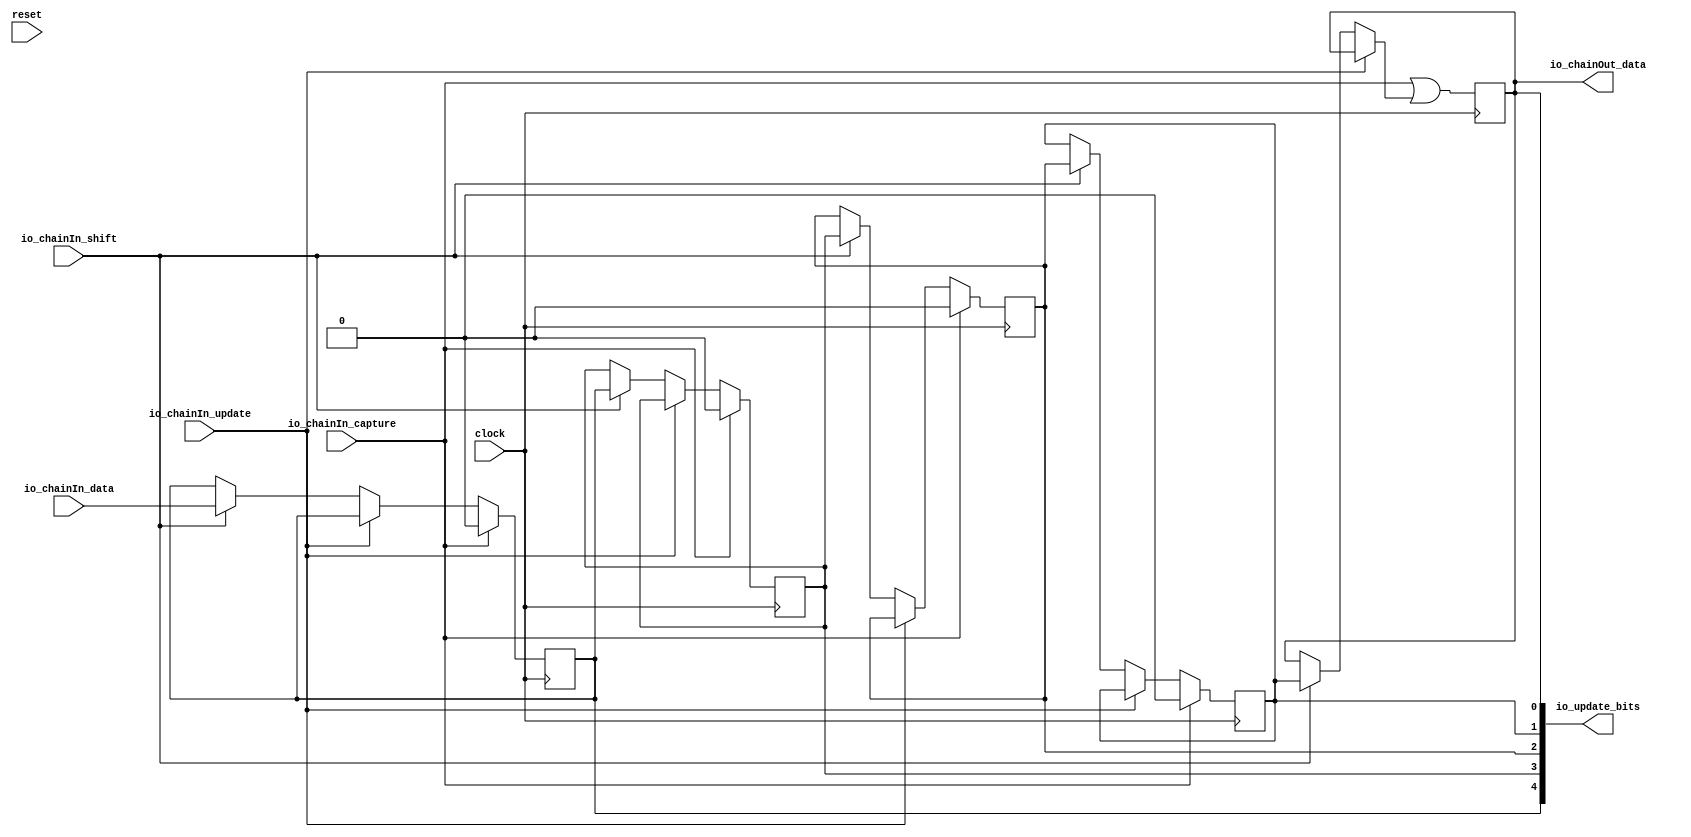
module CaptureUpdateChain_2(
  input        clock,
  input        reset,
  input        io_chainIn_shift,
  input        io_chainIn_data,
  input        io_chainIn_capture,
  input        io_chainIn_update,
  output       io_chainOut_data,
  output [4:0] io_update_bits
);
`ifdef RANDOMIZE_REG_INIT
  reg [31:0] _RAND_0;
  reg [31:0] _RAND_1;
  reg [31:0] _RAND_2;
  reg [31:0] _RAND_3;
  reg [31:0] _RAND_4;
`endif // RANDOMIZE_REG_INIT
  reg  regs_0; // @[JtagShifter.scala 154:39]
  reg  regs_1; // @[JtagShifter.scala 154:39]
  reg  regs_2; // @[JtagShifter.scala 154:39]
  reg  regs_3; // @[JtagShifter.scala 154:39]
  reg  regs_4; // @[JtagShifter.scala 154:39]
  wire [1:0] updateBits_lo = {regs_1,regs_0}; // @[Cat.scala 31:58]
  wire [2:0] updateBits_hi = {regs_4,regs_3,regs_2}; // @[Cat.scala 31:58]
  wire  _GEN_1 = io_chainIn_shift ? regs_1 : regs_0; // @[JtagShifter.scala 174:34 176:37 154:39]
  wire  _GEN_9 = io_chainIn_update ? regs_0 : _GEN_1; // @[JtagShifter.scala 171:35 154:39]
  wire  _T_1 = ~(io_chainIn_capture & io_chainIn_update); // @[JtagShifter.scala 183:10]
  wire  _T_4 = _T_1 & ~(io_chainIn_capture & io_chainIn_shift); // @[JtagShifter.scala 184:7]
  wire  _T_7 = _T_4 & ~(io_chainIn_update & io_chainIn_shift); // @[JtagShifter.scala 185:7]
  assign io_chainOut_data = regs_0; // @[JtagShifter.scala 156:20]
  assign io_update_bits = {updateBits_hi,updateBits_lo}; // @[Cat.scala 31:58]
  always @(posedge clock) begin
    regs_0 <= io_chainIn_capture | _GEN_9; // @[JtagShifter.scala 166:29 167:59]
    if (io_chainIn_capture) begin // @[JtagShifter.scala 166:29]
      regs_1 <= 1'h0; // @[JtagShifter.scala 167:59]
    end else if (!(io_chainIn_update)) begin // @[JtagShifter.scala 171:35]
      if (io_chainIn_shift) begin // @[JtagShifter.scala 174:34]
        regs_1 <= regs_2; // @[JtagShifter.scala 176:37]
      end
    end
    if (io_chainIn_capture) begin // @[JtagShifter.scala 166:29]
      regs_2 <= 1'h0; // @[JtagShifter.scala 167:59]
    end else if (!(io_chainIn_update)) begin // @[JtagShifter.scala 171:35]
      if (io_chainIn_shift) begin // @[JtagShifter.scala 174:34]
        regs_2 <= regs_3; // @[JtagShifter.scala 176:37]
      end
    end
    if (io_chainIn_capture) begin // @[JtagShifter.scala 166:29]
      regs_3 <= 1'h0; // @[JtagShifter.scala 167:59]
    end else if (!(io_chainIn_update)) begin // @[JtagShifter.scala 171:35]
      if (io_chainIn_shift) begin // @[JtagShifter.scala 174:34]
        regs_3 <= regs_4; // @[JtagShifter.scala 176:37]
      end
    end
    if (io_chainIn_capture) begin // @[JtagShifter.scala 166:29]
      regs_4 <= 1'h0; // @[JtagShifter.scala 167:59]
    end else if (!(io_chainIn_update)) begin // @[JtagShifter.scala 171:35]
      if (io_chainIn_shift) begin // @[JtagShifter.scala 174:34]
        regs_4 <= io_chainIn_data; // @[JtagShifter.scala 175:15]
      end
    end
    `ifndef SYNTHESIS
    `ifdef STOP_COND
      if (`STOP_COND) begin
    `endif
        if (~_T_7 & ~reset) begin
          $fatal; // @[JtagShifter.scala 183:9]
        end
    `ifdef STOP_COND
      end
    `endif
    `endif // SYNTHESIS
    `ifndef SYNTHESIS
    `ifdef PRINTF_COND
      if (`PRINTF_COND) begin
    `endif
        if (~reset & ~_T_7) begin
          $fwrite(32'h80000002,
            "Assertion failed\n    at JtagShifter.scala:183 assert(!(io.chainIn.capture && io.chainIn.update)\n"); // @[JtagShifter.scala 183:9]
        end
    `ifdef PRINTF_COND
      end
    `endif
    `endif // SYNTHESIS
  end
// Register and memory initialization
`ifdef RANDOMIZE_GARBAGE_ASSIGN
`define RANDOMIZE
`endif
`ifdef RANDOMIZE_INVALID_ASSIGN
`define RANDOMIZE
`endif
`ifdef RANDOMIZE_REG_INIT
`define RANDOMIZE
`endif
`ifdef RANDOMIZE_MEM_INIT
`define RANDOMIZE
`endif
`ifndef RANDOM
`define RANDOM $random
`endif
`ifdef RANDOMIZE_MEM_INIT
  integer initvar;
`endif
`ifndef SYNTHESIS
`ifdef FIRRTL_BEFORE_INITIAL
`FIRRTL_BEFORE_INITIAL
`endif
initial begin
  `ifdef RANDOMIZE
    `ifdef INIT_RANDOM
      `INIT_RANDOM
    `endif
    `ifndef VERILATOR
      `ifdef RANDOMIZE_DELAY
        #`RANDOMIZE_DELAY begin end
      `else
        #0.002 begin end
      `endif
    `endif
`ifdef RANDOMIZE_REG_INIT
  _RAND_0 = {1{`RANDOM}};
  regs_0 = _RAND_0[0:0];
  _RAND_1 = {1{`RANDOM}};
  regs_1 = _RAND_1[0:0];
  _RAND_2 = {1{`RANDOM}};
  regs_2 = _RAND_2[0:0];
  _RAND_3 = {1{`RANDOM}};
  regs_3 = _RAND_3[0:0];
  _RAND_4 = {1{`RANDOM}};
  regs_4 = _RAND_4[0:0];
`endif // RANDOMIZE_REG_INIT
  `endif // RANDOMIZE
end // initial
`ifdef FIRRTL_AFTER_INITIAL
`FIRRTL_AFTER_INITIAL
`endif
`endif // SYNTHESIS
endmodule